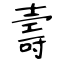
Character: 壽